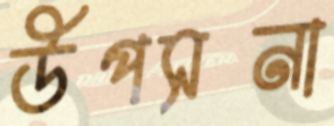
উপসনা